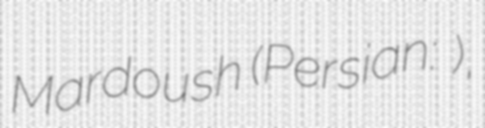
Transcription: Mardoush (Persian: افسانه ماردوش),